Annual report on the working of the lock hospitals in the Central Provinces
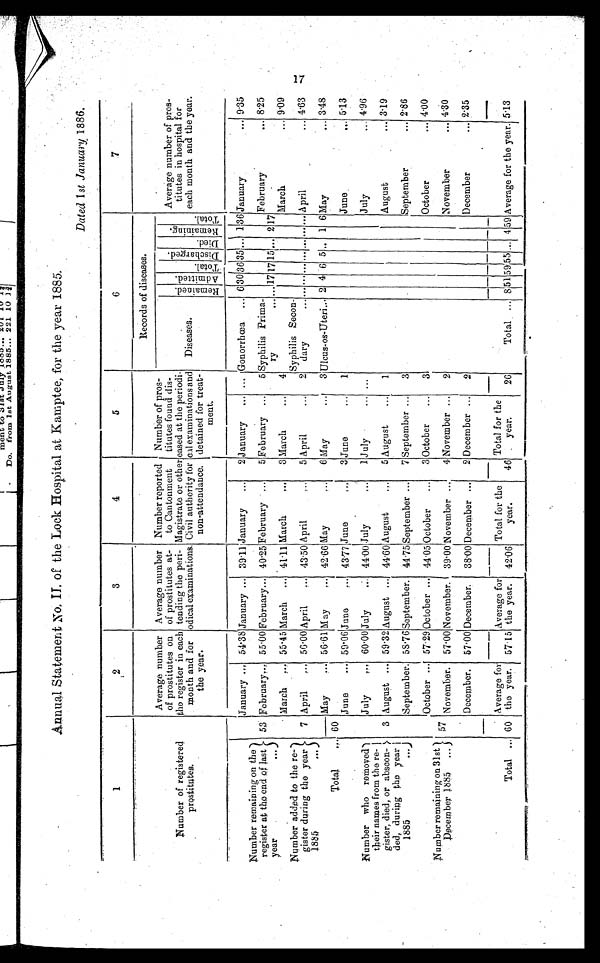
Annual Statement No, II of the Lock Hospital at Kamptee, for the year 1885.
Dated 1st January 1886.
1
2
3
4
5
6
7
Number of registered
prostitutes.
Average number
of prostitutes on
the register in each
month and for
the year.
Average number
of prostitutes at-
tending the peri-
odical examinations.
Number reported
to Cantonment
Magistrate or other
Civil authority for
non-attendance.
Number of pros-
titutes found dis-
eased at the periodi
-
cal examinations and
detained for treat-
ment.
Records of diseases.
Average number of pros-
titutes in hospital for
each month and the year.
D i s c h a r g e d . D i e d . R e m a i n i n g . T o t a l .
Diseases.
R e m a i o e d . A d m i t t e d . T O t a l .
January
...
54.38 January ... 39.11 January ...
2 January ... ... Gonorrhœa ... 6 30 36 35 . . . 1 36 January
... 9.35
Number remaining on the
register at the end of last
year
. . .
53 February ... 55.00 February ... 40.25 February ... 5 February ... 5 Syphilis Prima-
ry
... ...17 17 15 ...
2
17
February
... 8.25
March
...
55.45 March ... 41.11 March
... 3 March
... 4
March
... 9.09
Number added to the re-
gister during the year
1885
. . .
7 April . . . 56.00 April
...
43.50 April
... 5 April
... 2
Syphilis Secon-
dary
... ... ... ... ...
... ... ... April
... 4.63
Total
... 60
May ... 56.61 May
... 42.66 May
... 6 May
... 3 Ulcus-os-Uteri... 2 4 6 5 . 1 6 May
... 3.48
June ... 59.06 June
... 43.77June
...
3 June
... 1
June.
... 5.13
Number who removed
their names from the re-
gister, died, or abscon-
ded, during the year
1885
...
July
... 60.00 July
... 44.00 July
... 1 July
... ...
July
. . . 4.96
3 August ... 59.32 August ... 44.60 August
... 5 August ...
August
1
August
... 3.19
September. 58.76 September. 44.75 September ... 7 September ... 3
September
... 2.86
Number remaining on 31st
December 1885 ...
October ... 57.29 October ... 44.05 October ... 3 October ... 3
October
... 4.00
5 7 November. 57.00 November. 39.00 November ... 4 November ... 2
November
... 4.30
December. 57.00 December. 38.00 December ... 2 December ... 2
December
... 2.35
Total ... 60
Average for
the year. 57.15
Average for
the year. 42.06
Total for the
year.
46
Total for the
year.
26
Total ... 8
5 1
5 9 5 5
... 4 59 Average for the year. 5.13